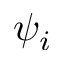
\psi _ { i }